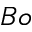
B o